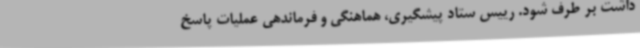
داشت بر طرف شود. رییس ستاد پیشگیری، هماهنگی و فرماندهی عملیات پاسخ